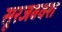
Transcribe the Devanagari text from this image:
सूरजबक्श